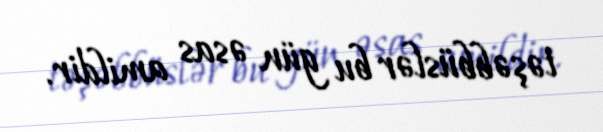
təşəbbüslər bu gün əsas amildir.